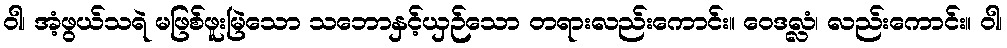
ဝါ၊ အံ့ဖွယ်သရဲ မဖြစ်ဖူးမြဲသော သဘောနှင့်ယှဉ်သော တရားလည်းကောင်း။ ဝေဒလ္လံ၊ လည်းကောင်း။ ဝါ၊